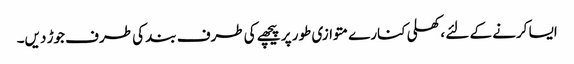
ایسا کرنے کے لئے ، کھلی کنارے متوازی طور پر پیچھے کی طرف بند کی طرف جوڑ دیں۔